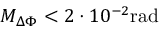
M _ { \Delta \Phi } < 2 \cdot 1 0 ^ { - 2 } \mathrm { r a d }